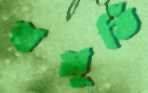
স্বমূর্তি